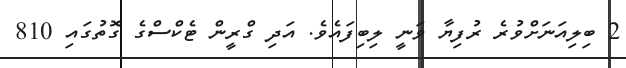
2 ބިލިއަނަށްވުރެ ރުފިޔާ ވަނީ ލިބިފައެވެ. އަދި ގްރީން ޓެކްސްގެ ގޮތުގައި 810